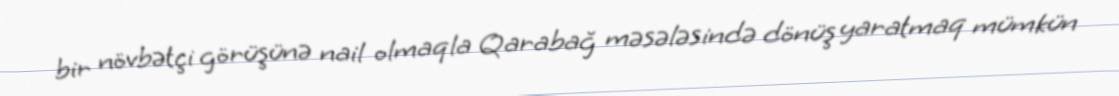
bir növbətçi görüşünə nail olmaqla Qarabağ məsələsində dönüş yaratmaq mümkün